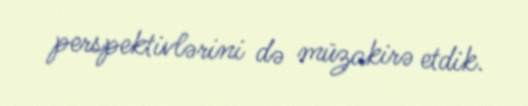
perspektivlərini də müzakirə etdik.